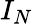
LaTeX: I_{N}